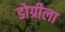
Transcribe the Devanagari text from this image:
डोग्रीला